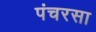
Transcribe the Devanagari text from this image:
पंचरसा